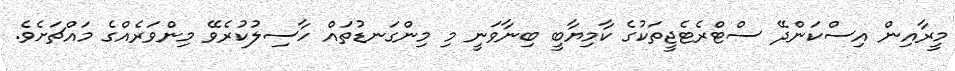
މީރާއިން އިސްކަންދޭ ސްޓްރެޓެޖީތަކުގެ ކާމިޔާބީ ބިނާވަނީ މި މިންގަނޑުތައް ހާސިލުކުރެވޭ މިންވަރެއްގެ މައްޗަށެވެ.